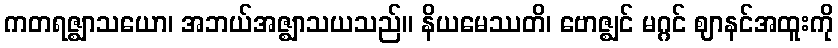
ကတရဇ္ဈာသယော၊ အဘယ်အဇ္ဈာသယသည်။ နိယမေဿတိ၊ ဗောဇ္ဈင် မဂ္ဂင် ဈာနင်အထူးကို